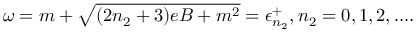
\omega = m + \sqrt { ( 2 n _ { 2 } + 3 ) e B + m ^ { 2 } } = \epsilon _ { n _ { 2 } } ^ { + } , n _ { 2 } = 0 , 1 , 2 , . . . .